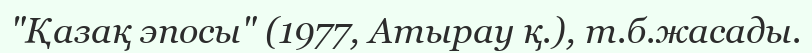
"Қазақ эпосы" (1977, Атырау қ.), т.б.жасады.